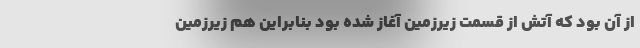
از آن بود که آتش از قسمت زیرزمین آغاز شده بود بنابراین هم زیرزمین